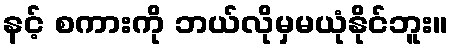
နင့် စကားကို ဘယ်လိုမှမယုံနိုင်ဘူး။